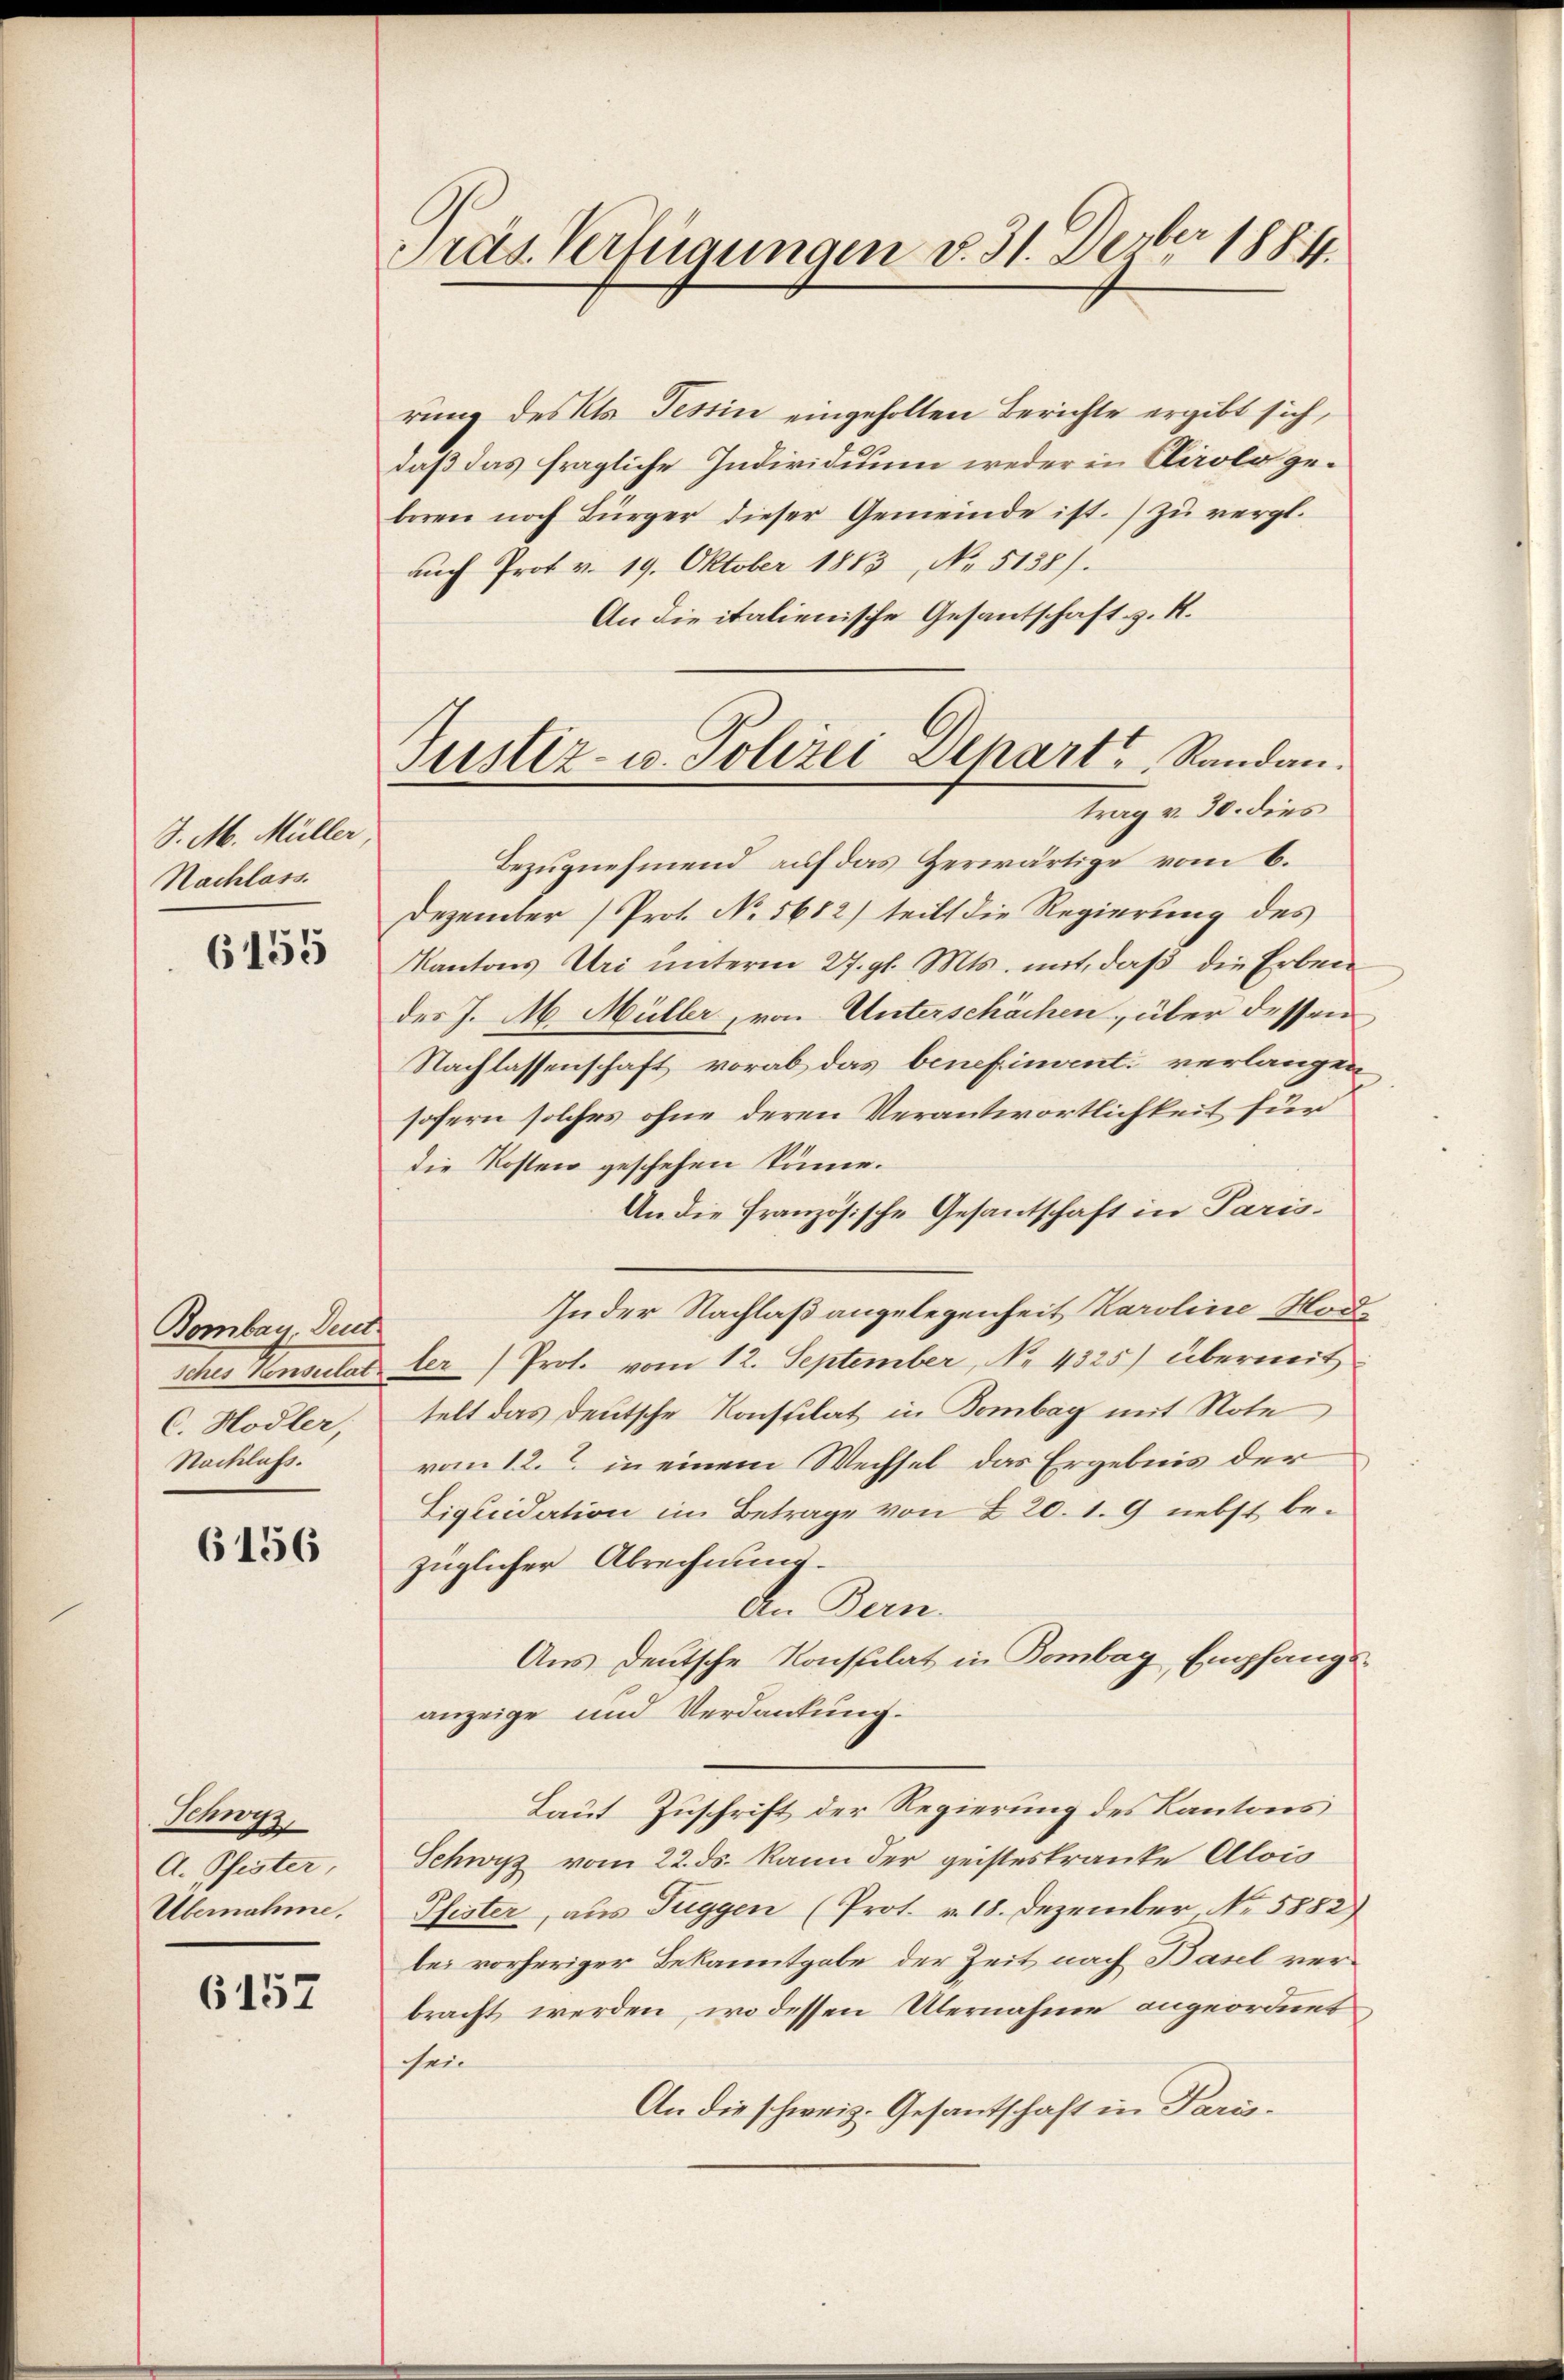
J. M. Müller,
Nachlass.

6155

Bombar, Deut
Iches Konsulat
C. Hodler,
Nachlass.

6156

Schwyz,
A. Pfister,
Übernahme,

6157

Präs. Verfügungen d. 31. Dezbr 1884.

Justiz- u. Polizei Depart, Randau.
trag v. 30. dies

rung des Kts. Tessin eingeholten Berichte ergibt sich,
daß das fragliche Individuum weder in Clirolo geboren noch Bürger dieser Gemeinde ist. zŭ vergl.
auch Prof. v. 19. Oktober 1813, No. 5138).
An die italienische Gesantschaft z. R.
Bezugnehmend auf das Herwärtige vom 6.
Dezember (Prot. No. 5682) teilt die Regierung des
Kantons Uri unterm 27. gl. Mts. mit, daβ die Erben
des J. M. Müller, von Unterschächen, über dessen
Nachlassenschaft vorab das benefinvent verlangen
sofern solches ohne deren Verantwortlichkeit für
die Kosten geschehen könne.
An die Französische Gesantschaft in Paris
Inder Nachlaß angelegenheit Karoline Morler Prot. vom 12. September, No 4325) übermit
telt das deutsche Konsulat in Bombag mit Note
vom 12. in einem Wechsel das Ergebnis der
Liquidation im Betrage von § 20. 19 nebst bezüglicher Abrechnung.
An Bern.
Aus deutsche Konsulat in Bombay, Empfangsanzeige und Verdankung.
Laut Zuschrift der Regierung des Kantons
Schwyz vom 22. ds. kann der geisteskranke Alois
Pfister, aus Fuggen (Prot. v. 18. Dezember No. 5882)
bei vorheriger Bekanntgabe der Zeit nach Basel verbracht werden, wo dessen Übernahme angeordnet
sein
An die schweiz. Gesantschaft in Paris¬